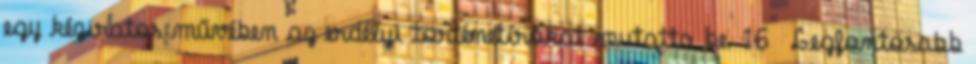
egy kéziratos művében az erdélyi történetírókat mutatta be. 16 Legfontosabb